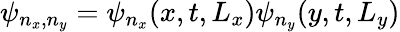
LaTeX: \psi_{n_{x},n_{y}}=\psi_{n_{x}}(x,t,L_{x})\psi_{n_{y}}(y,t,L_{y})